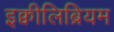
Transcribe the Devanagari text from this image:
इक्वीलिब्रियम